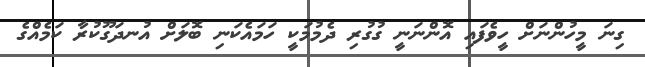
ގިނަ މީހުންނަށް ހީވެފައި އޮންނަނީ ގުގުރި ދެމުމަކީ ހަމައެކަނި ބޮލަށް އުނދަގޫކުރާ ކަމެއްގެ